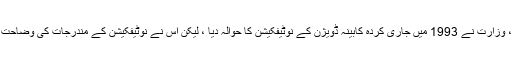
اس کے جواب میں ، وزارت نے 1993 میں جاری کردہ کابینہ ڈویژن کے نوٹیفکیشن کا حوالہ دیا ، لیکن اس نے نوٹیفکیشن کے مندرجات کی وضاحت یا اشتراک نہیں کیا۔